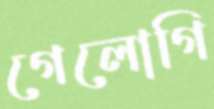
গেলোগি